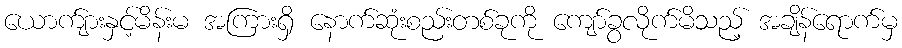
ယောက်ျားနှင့်မိန်းမ အကြားရှိ နောက်ဆုံးစည်းတစ်ခုကို ကျော်ခွလိုက်မိသည့် အချိန်ရောက်မှ